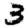
Digit: 3